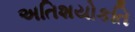
અતિશયોકતિ